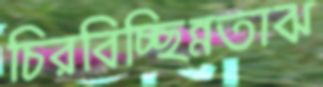
চিরবিচ্ছিন্নতাঝ